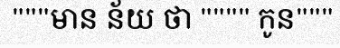
"""មាន ន័យ ថា """" កូន"""